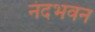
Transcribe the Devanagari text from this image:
नंदभवन